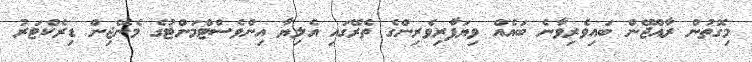
މިގޮތުން ރާއްޖޭން ބައިވެރިވާނެ ބައެއް ވިޔަފާރިވެރިންގެ ތެރޭގައި އެލިޔާ އިންވެސްޓްމަންޓުގެ މެނޭޖިން ޑިރެކްޓަރު